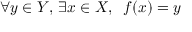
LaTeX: \forall y \in Y , \, \exists x \in X , \; \; f ( x ) = y